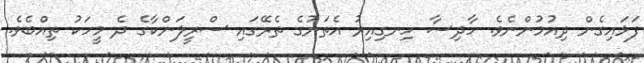
ފަޅައިގެން ދިއުމުންނެވެ. ހާދިސާ ހިނގިއިރު އެތަނުގެ ތެރޭގައި ސްރީލަންކާގެ ދެ މީހަކު ތިއްބެވެ.